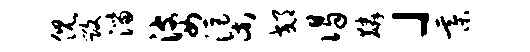
倪毁淄婆渠郊谒麟」綦